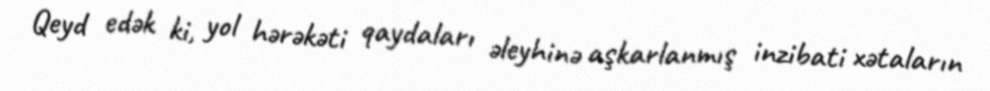
Qeyd edək ki, yol hərəkəti qaydaları əleyhinə aşkarlanmış inzibati xətaların